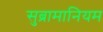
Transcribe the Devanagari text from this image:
सुब्रामानियम